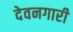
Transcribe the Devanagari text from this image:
देवनगारी